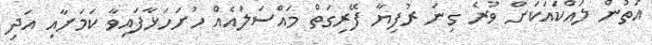
އަތުން ލައްކައަކަށް ވުރެ ގިނަ ރުފިޔާ ފޭރިގަތް މައްސަލައެއް ހުށަހަޅާފައިވާ ކަމަށާއި އަދި